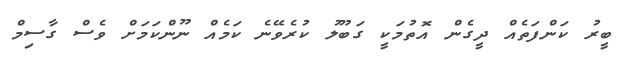
ބީރު ކަންފަތެއް ދީގެން އޮތުމަކީ ގަބޫލު ކުރެވޭނެ ކަމެއް ނޫންކަމަށް ވެސް ގާސިމް